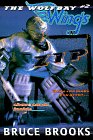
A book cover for Zip (Wolfbay Wings); Bruce Brooks; Children's Books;